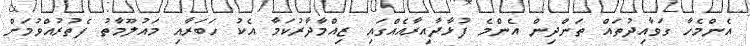
އެންމެހާ ގަވާއިދުތައް ތަންދިން އެންމެ ފުޅާދާއިރާއެއްގައި ޒިއްމާދާރުކަމާ އެކު ހަބަރާއި މައުލޫމާތު ފެތުރުއްވުމަށް